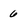
Character: 6